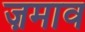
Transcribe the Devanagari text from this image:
ज़माव